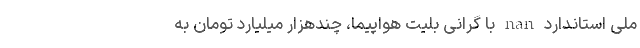
ملی استاندارد nan با گرانی بلیت هواپیما، چندهزار میلیارد تومان به